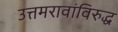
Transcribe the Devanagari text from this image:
उत्तमरावांविरुद्ध